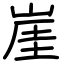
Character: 崖